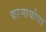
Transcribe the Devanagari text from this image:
करणार्याचा